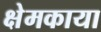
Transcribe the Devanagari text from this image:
क्षेमकाया